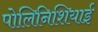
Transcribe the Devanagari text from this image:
पोलिनिशियाई